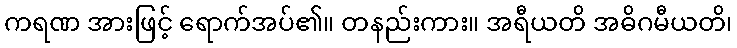
ကရဏ အားဖြင့် ရောက်အပ်၏။ တနည်းကား။ အရီယတိ အဓိဂမီယတိ၊